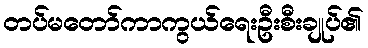
တပ်မတော်ကာကွယ်ရေးဦးစီးချုပ်၏